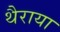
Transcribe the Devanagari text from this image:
थैराया